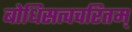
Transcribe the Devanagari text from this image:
बोधिसत्वचरितम्